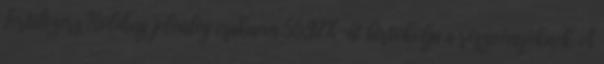
Fertilizers Holding jelenleg csaknem 55,97%-át birtokolja a részvényeknek. A